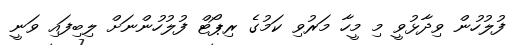
ފުލުހުން ވިދާޅުވީ މި މީހާ މަރުވި ކަމުގެ ރިޕޯޓް ފުލުހުންނަށް ލިބިފައި ވަނީ